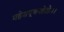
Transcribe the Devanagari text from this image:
महेशपूजनहेतोः।।